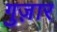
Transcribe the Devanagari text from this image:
गुज़़ार